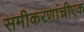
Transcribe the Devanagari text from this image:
समीकरणांचीएक